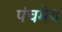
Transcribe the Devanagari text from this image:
पंचमेय